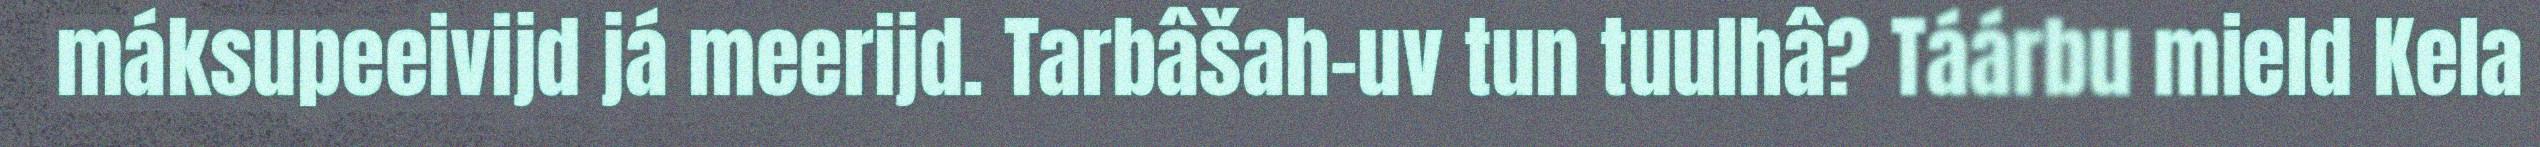
máksupeeivijd já meerijd. Tarbâšah-uv tun tuulhâ? Táárbu mield Kela